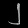
Digit: ၂